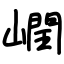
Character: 㠈